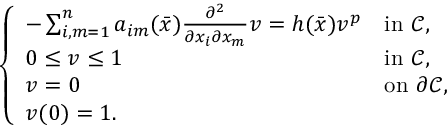
\left\{ \begin{array} { l l } { - \sum _ { i , m = 1 } ^ { n } a _ { i m } ( \bar { x } ) \frac { \partial ^ { 2 } } { \partial x _ { i } \partial x _ { m } } v = h ( \bar { x } ) v ^ { p } } & { \mathrm { i n } \, \, \mathcal C , } \\ { 0 \leq v \leq 1 } & { \mathrm { i n } \, \, \mathcal C , } \\ { v = 0 } & { \mathrm { o n } \, \, \partial \mathcal C , } \\ { v ( 0 ) = 1 . } \end{array} \right.